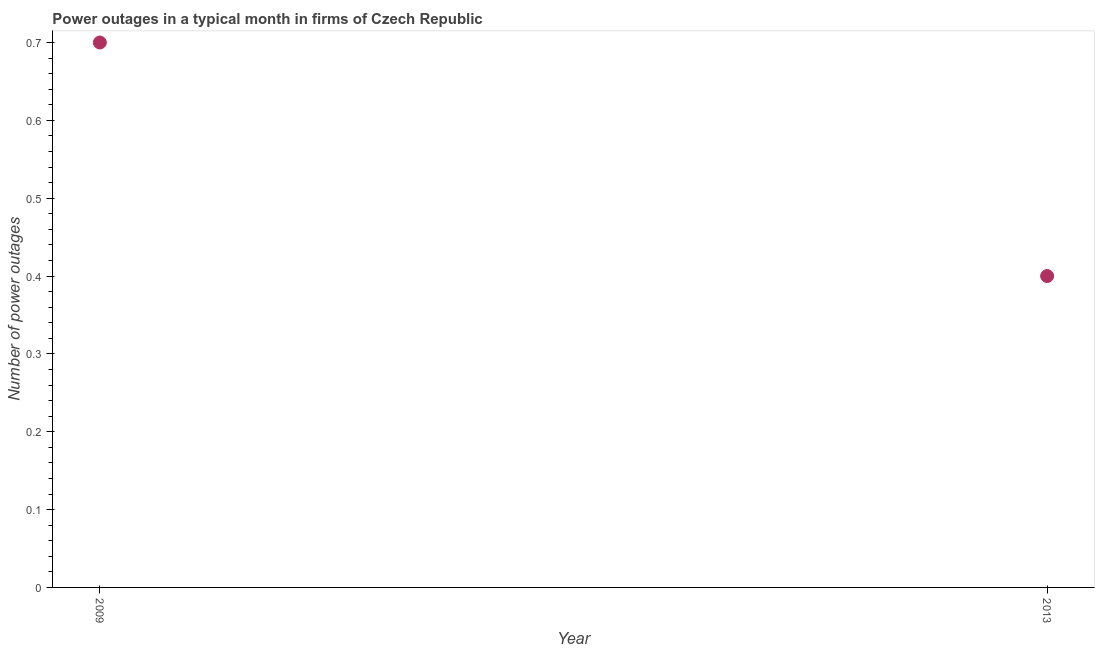
| Year | Power outages |
 | --- | --- |
 | 2009 | 0.7 |
 | 2013 | 0.4 |